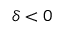
\delta < 0